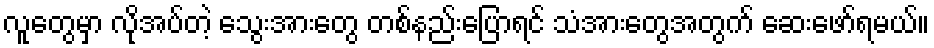
လူတွေမှာ လိုအပ်တဲ့ သွေးအားတွေ တစ်နည်းပြောရင် သံအားတွေအတွက် ဆေးဖော်ရမယ်။